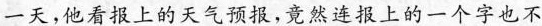
一天，他看报上的天气预报，竟然连报上的一个字也不